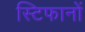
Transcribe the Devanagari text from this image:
स्टिफानों